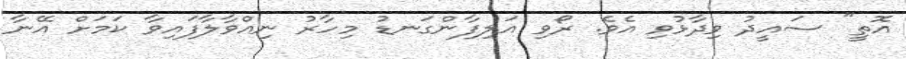
އޮތީ" ސައީދު ވިދާޅުވި އެވެ. ރޯވި އަލިފާންގަނޑު މިހާރު ނިއްވާލާފައިވާ ކަމަށް އޭނާ